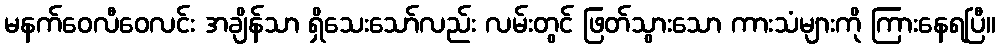
မနက်ဝေလီဝေလင်း အချိန်သာ ရှိသေးသော်လည်း လမ်းတွင် ဖြတ်သွားသော ကားသံများကို ကြားနေရပြီ။